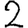
Digit: 2